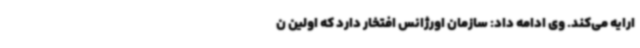
ارایه می‌کند. وی ادامه داد: سازمان اورژانس افتخار دارد که اولین ن